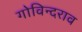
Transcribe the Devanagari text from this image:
गोविन्दराव